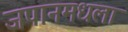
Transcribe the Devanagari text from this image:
जपानमधला